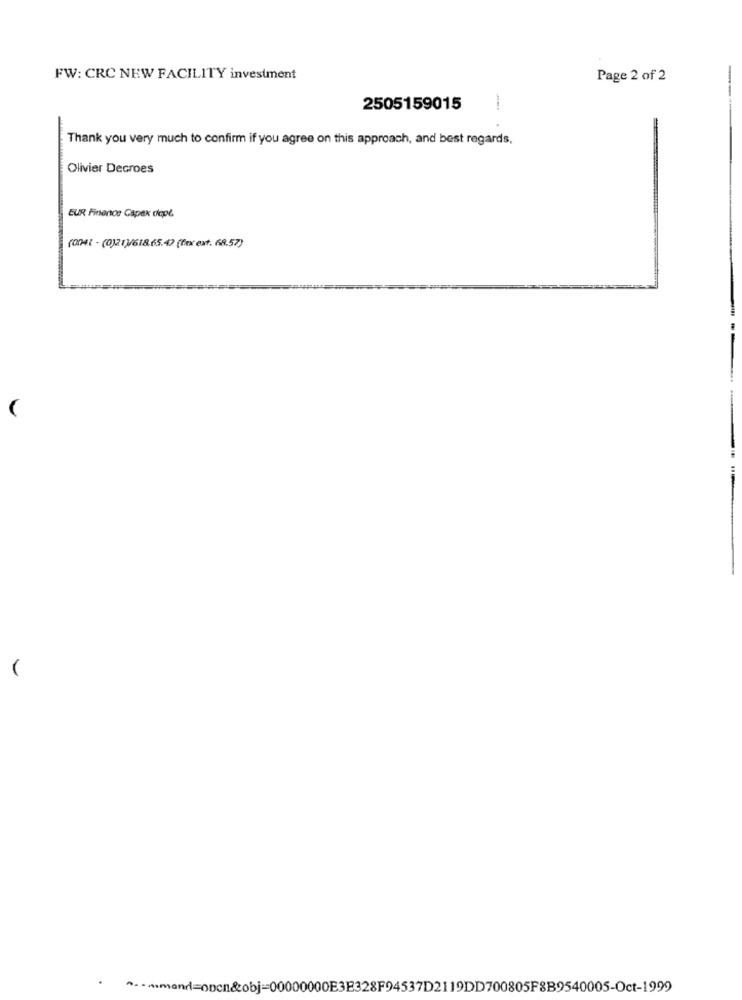
FW: CRC NEW FACILITY investment
Page 2 of 2
2505159015
Thank you very much to confirm if you agree on this approach, and best regards,
Olivier Decroes
EUR Finenos Capex dept.
(O) - (0)21)/618.65.47 (for ext. 68.57)
wmand=opch&obj=00000000E3E328F94537D2119DD700805F8B9540005-Oct-1999